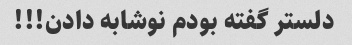
دلستر گفته بودم نوشابه دادن!!!